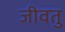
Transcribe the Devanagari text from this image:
जीवतु